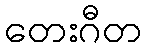
တေးဂီတ